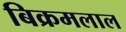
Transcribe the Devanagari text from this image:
बिक्रमलाल